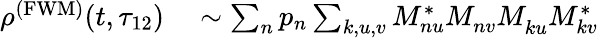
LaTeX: \begin{array}{rl}{\rho^{\mathrm{(FWM)}}(t,\tau_{12})}&{{}\sim\sum_{n}p_{n}\sum_{k,u,v}M_{nu}^{*}M_{nv}^{}M_{ku}^{}M_{kv}^{*}}\end{array}